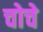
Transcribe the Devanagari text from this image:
चोचे